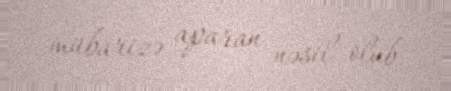
mübarizə aparan nəsil olub.